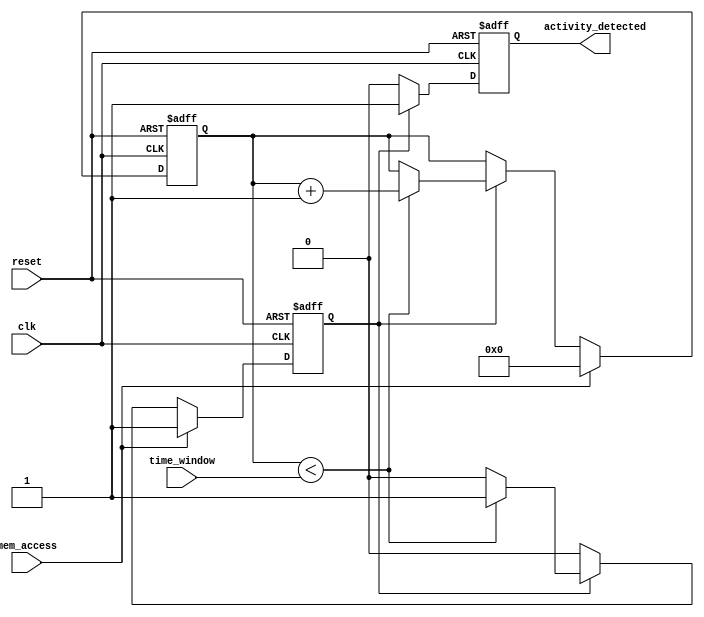
module MemoryBlocksTimeWindowDetector (
    input wire clk,                // System clock
    input wire reset,              // Reset signal
    input wire mem_access,         // Memory access signal (1 for read/write)
    input wire [7:0] time_window,  // Configurable time window in clock cycles
    output reg activity_detected    // Output signal indicating activity within time window
);

    reg [7:0] counter;             // Time counter
    reg active;                    // Indicates if memory access is detected

    // State machine to handle detection logic
    always @(posedge clk or posedge reset) begin
        if (reset) begin
            counter <= 8'b0;
            activity_detected <= 1'b0;
            active <= 1'b0;
        end else begin
            if (mem_access) begin
                active <= 1'b1; // Memory access detected
                counter <= 8'b0; // Reset counter on access
            end else if (active) begin
                if (counter < time_window) begin
                    counter <= counter + 1; // Increment counter
                end else begin
                    active <= 1'b0; // Time window expired
                end
            end
            
            // Generate output signal if activity is detected within time window
            if (active) begin
                activity_detected <= 1'b1; // Set output signal
            end else begin
                activity_detected <= 1'b0; // Clear output signal
            end
        end
    end

endmodule